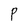
Character: P